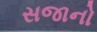
સજાનો